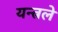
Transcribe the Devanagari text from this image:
यन्त्रले